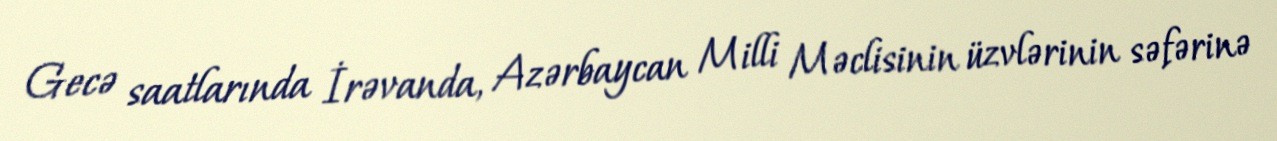
Gecə saatlarında İrəvanda, Azərbaycan Milli Məclisinin üzvlərinin səfərinə